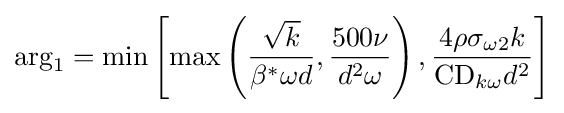
{\rm {arg}}_{1}={\rm {min}}\left[{\rm {max}}\left({\frac {\sqrt {k}}{\beta ^{*}\omega d}},{\frac {500\nu }{d^{2}\omega }}\right),{\frac {4\rho \sigma _{\omega 2}k}{{\rm {CD}}_{k\omega }d^{2}}}\right]